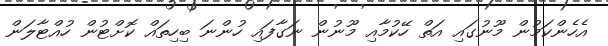
އެހެންކަމުން މޫނުގައި އަތް ހޭކުމާއި މޫނުން ނަގާފައި ހުންނަ ބިހިތައް ކޮށްޓުން ހުއްޓާލަން